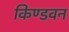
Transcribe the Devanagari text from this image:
किण्डवन